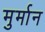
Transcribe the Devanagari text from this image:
मुर्मान